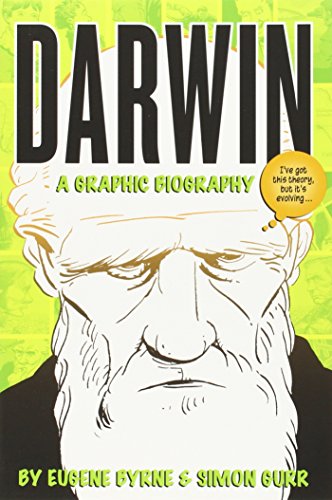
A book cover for Darwin: A Graphic Biography; Eugene Byrne; Comics & Graphic Novels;